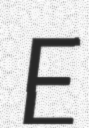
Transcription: E